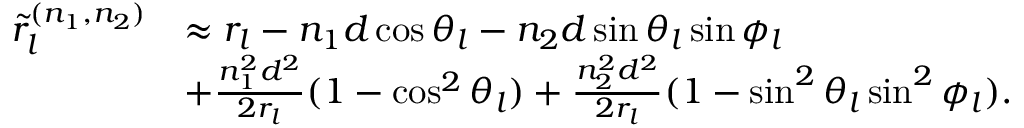
\begin{array} { r l } { { \widetilde { r } } _ { l } ^ { ( n _ { 1 } , n _ { 2 } ) } } & { \approx r _ { l } - n _ { 1 } d \cos \theta _ { l } - n _ { 2 } d \sin \theta _ { l } \sin \phi _ { l } } \\ & { + \frac { n _ { 1 } ^ { 2 } d ^ { 2 } } { 2 r _ { l } } ( 1 - \cos ^ { 2 } \theta _ { l } ) + \frac { n _ { 2 } ^ { 2 } d ^ { 2 } } { 2 r _ { l } } ( 1 - \sin ^ { 2 } \theta _ { l } \sin ^ { 2 } \phi _ { l } ) . } \end{array}